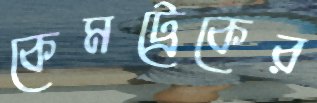
কেমট্রেকের